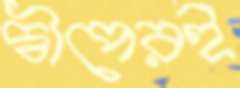
দ্বীপেরই